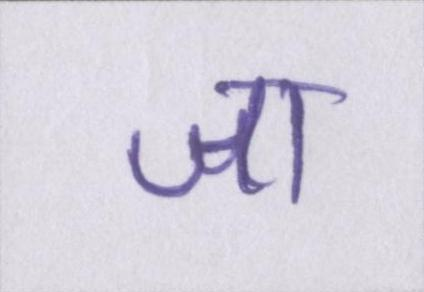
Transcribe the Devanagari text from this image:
जा